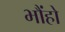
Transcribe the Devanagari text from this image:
भौंहो